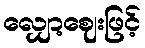
လျှော့ဈေးဖြင့်